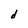
Character: d